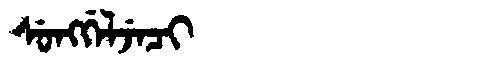
Manchu: ᠰᡠᠩᡤᡝᠯᠵᡝᠴᡳ
Romanization: SUNGGELJECI